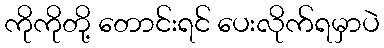
ကိုကိုတို့ တောင်းရင် ပေးလိုက်ရမှာပဲ